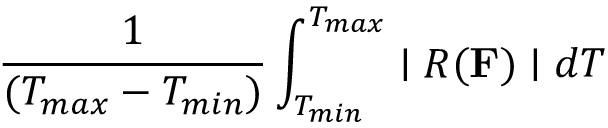
\frac { 1 } { ( T _ { m a x } - T _ { m i n } ) } \int _ { T _ { m i n } } ^ { T _ { m a x } } \mid R ( { \bf F } ) \mid d T